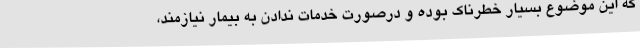
که این موضوع بسیار خطرناک بوده و درصورت خدمات ندادن به بیمار نیازمند،